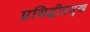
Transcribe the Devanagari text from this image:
प्रसिद्धीप्रमुख